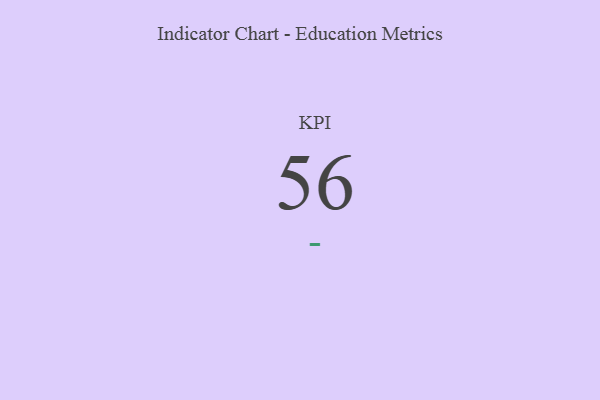
{"axis": {"x": "KPI", "y": "Value"}, "legend": [""], "data": [{"x": "KPI", "y": 56, "type": ""}]}